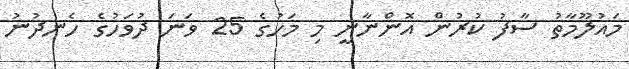
މައުލޫމާތު ސާފު ކުރުން އޮންނާނީ މި މަހުގެ 25 ވަނަ ދުވަހުގެ ހެނދުނު